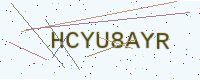
Text: HCYU8AYR